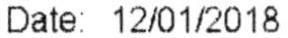
DATE: 12/01/2018